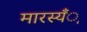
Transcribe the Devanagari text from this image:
मारस्यँू